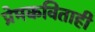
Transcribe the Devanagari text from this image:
प्रेमकविताही